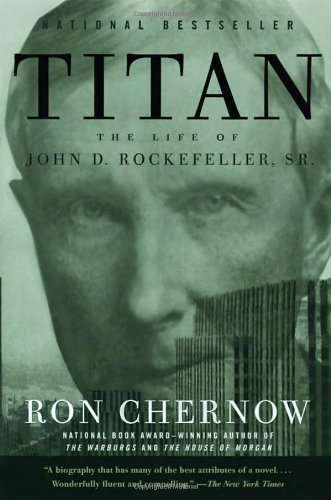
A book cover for Titan: The Life of John D. Rockefeller, Sr.; Ron Chernow; Business & Money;